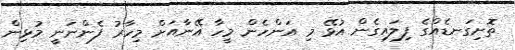
ތޮށިގަނޑެއްގެ ފިލައިގެން އުޅޭ މި އަންހެން މީހާ އޭނާއަށް މިހާރު ފެންނަނީ މުޅިން